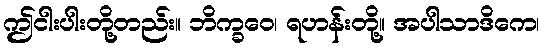
ဤငါးပါးတို့တည်း။ ဘိက္ခဝေ၊ ရဟန်းတို့။ အပါသာဒိကေ၊